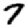
Digit: 7